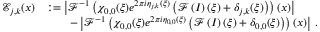
\begin{array} { r l } { \mathcal { E } _ { j , k } ( \boldsymbol { x } ) } & { : = \left\vert \mathcal { F } ^ { - 1 } \left( \chi _ { 0 , 0 } ( \boldsymbol { \xi } ) e ^ { 2 \pi i \eta _ { j , k } ( \boldsymbol { \xi } ) } \left( \mathcal { F } \left( I \right) ( \boldsymbol { \xi } ) + \delta _ { j , k } ( \boldsymbol { \xi } ) \right) \right) ( \boldsymbol { x } ) \right\vert } \\ & { \qquad - \left\vert \mathcal { F } ^ { - 1 } \left( \chi _ { 0 , 0 } ( \boldsymbol { \xi } ) e ^ { 2 \pi i \eta _ { 0 , 0 } ( \boldsymbol { \xi } ) } \left( \mathcal { F } \left( I \right) ( \boldsymbol { \xi } ) + \delta _ { 0 , 0 } ( \boldsymbol { \xi } ) \right) \right) ( \boldsymbol { x } ) \right\vert \, . } \end{array}